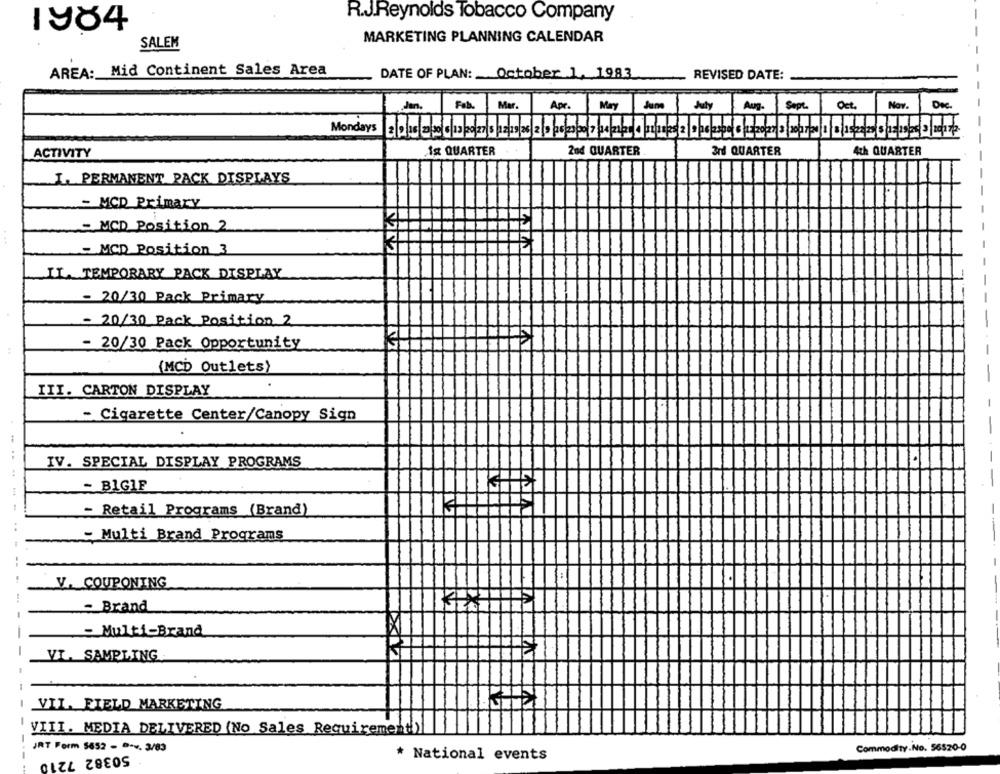
R.J.Reynolds Tobacco Company
1984
MARKETING PLANNING CALENDAR
SALEM
AREA: Mid Continent Sales Area
DATE OF PLAN: October 1, 1983
REVISED DATE:
Jan.
Fab.
Mar.
Apr.
May
Jam July
Aug.
Sept
Oct.
Nov.
Dec.
ACTIVITY
18 QUARTER
2nd QUARTER
3rd QUARTER
4th QUARTER
L. PERMANENT PACK DISPLAYS
- MCD Primary
- MCD Position 2
- MCD Position 3
IL. TEMPORARY PACK DISPLAY
- 20/30 Pack Primary
- 20/30 Pack Position 2
- 20/30 Pack Opportunity
(MCD Outlets)
III. CARTON DISPLAY
- Cigarette Center/Canopy Sign
IV. SPECIAL DISPLAY PROGRAMS
....
- BIGIF
- Retail Programs (Brand)
- Multi Brand Programs
1:
V. COUPONING
- Brand
- Multi-Brand
-
VI. SAMPLING
VIL. FIELD MARKETING
VIII. MEDIA DELIVERED (No Sales Requirement))
JRT Form 5652 - D-v. 3/83
Commodity.No. 56520-0
50382 7210
* National events